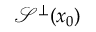
{ \mathcal { S } } ^ { \perp } ( x _ { 0 } )